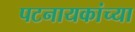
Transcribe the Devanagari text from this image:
पटनायकांच्या